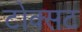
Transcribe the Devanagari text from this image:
टोक्सट